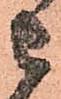
被